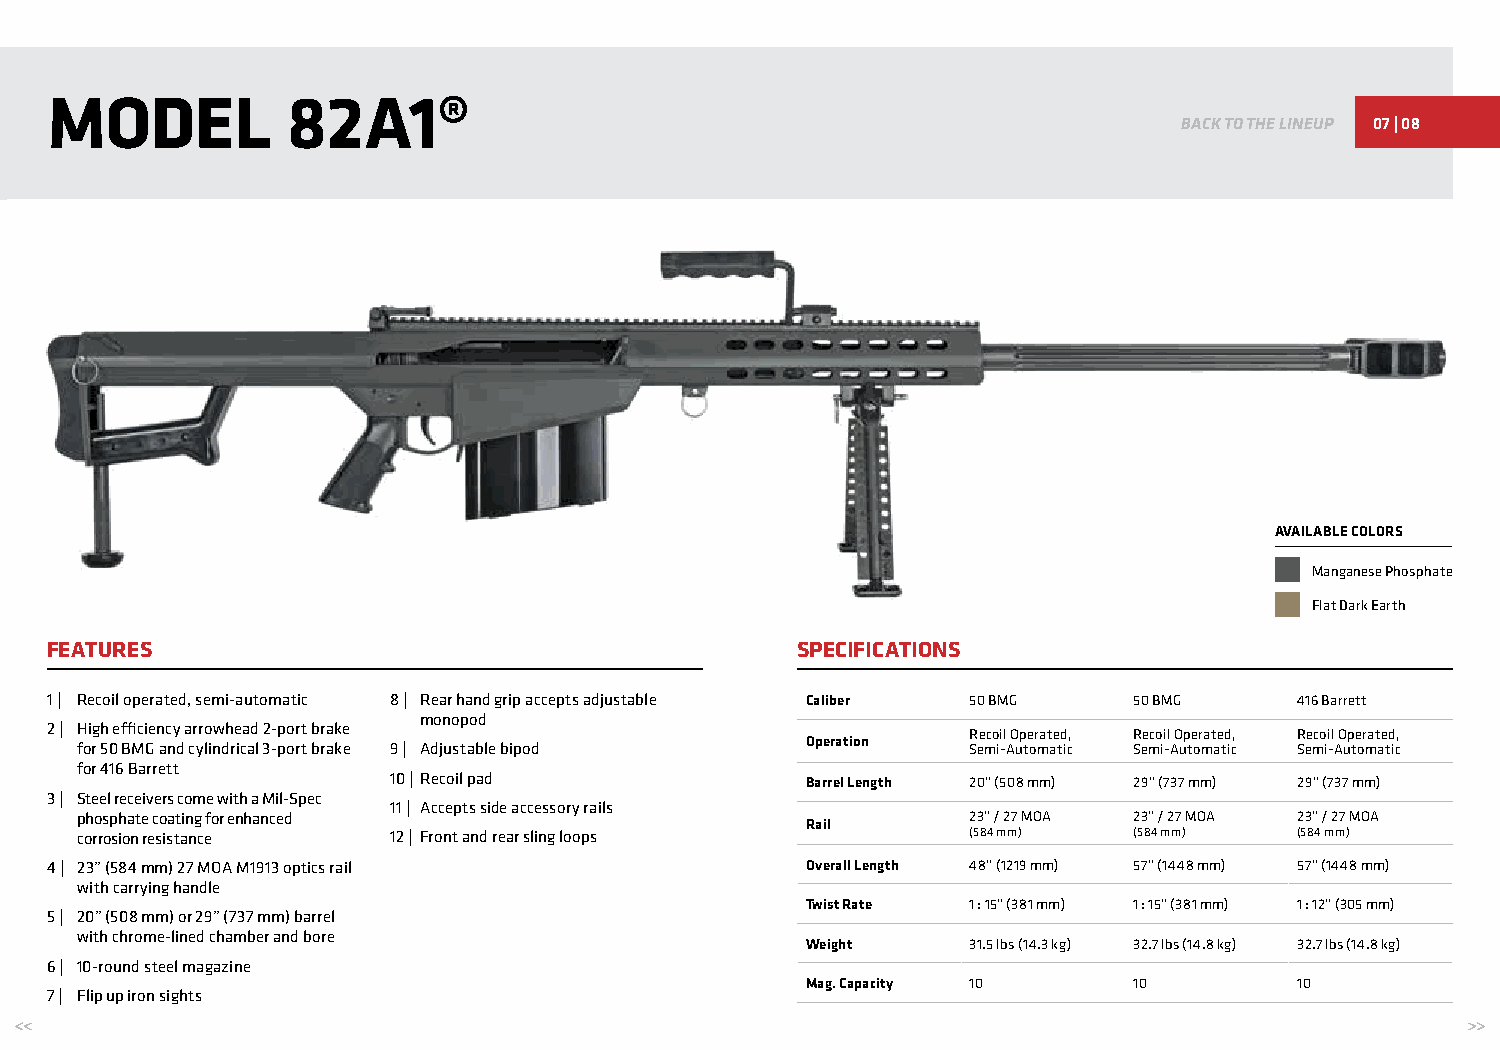
MODEL           82A1®
 BACK TO THE LINEUP 07 | 08
 AVAILABLE COLORS
 Manganese Phosphate
 Flat Dark Earth
 FEATURES                                          SPECIFICATIONS
 1 | Recoil operated, semi-automatic 8 | Rear hand grip accepts adjustable Caliber 50 BMG 50 BMG 416 Barrett
 monopod
 2 | High efficiency arrowhead 2-port brake
 Recoil Operated, Recoil Operated, Recoil Operated,
 for 50 BMG and cylindrical 3-port brake 9 | Adjustable bipod Operation Semi-Automatic Semi-Automatic Semi-Automatic
 for 416 Barrett
 10 | Recoil pad            Barrel Length 20” (508 mm) 29” (737 mm) 29” (737 mm)
 3 | Steel receivers come with a Mil-Spec
 11 | Accepts side accessory rails
 phosphate coating for enhanced                             23” / 27 MOA 23” / 27 MOA 23” / 27 MOA
 Rail
 corrosion resistance 12 | Front and rear sling loops       (584 mm)   (584 mm)   (584 mm)
 4 | 23” (584 mm) 27 MOA M1913 optics rail         Overall Length 48” (1219 mm) 57” (1448 mm) 57” (1448 mm)
 with carrying handle
 Twist Rate 1 : 15” (381 mm) 1 : 15” (381 mm) 1 : 12” (305 mm)
 5 | 20” (508 mm) or 29” (737 mm) barrel
 with chrome-lined chamber and bore
 Weight     31.5 lbs (14.3 kg) 32.7 lbs (14.8 kg) 32.7 lbs (14.8 kg)
 6 | 10-round steel magazine
 Mag. Capacity 10      10         10
 7 | Flip up iron sights